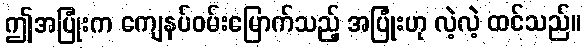
ဤအပြုံးက ကျေနပ်ဝမ်းမြောက်သည့် အပြုံးဟု လဲ့လဲ့ ထင်သည်။